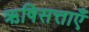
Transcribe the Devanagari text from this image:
ऋषिसत्ताएँ